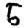
Digit: 5